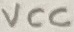
Text: VCC